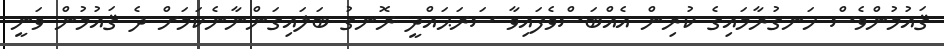
ޤައުމުންވެސް ހަނގުރާމައިގެ ކުރިން އެއްބަސްވެފައިވާ ސަރަޙައްދީ ރޮނގު ބަލައިގަންނާނެކަމަށް ދެ ޤައުމުން ވަނީ